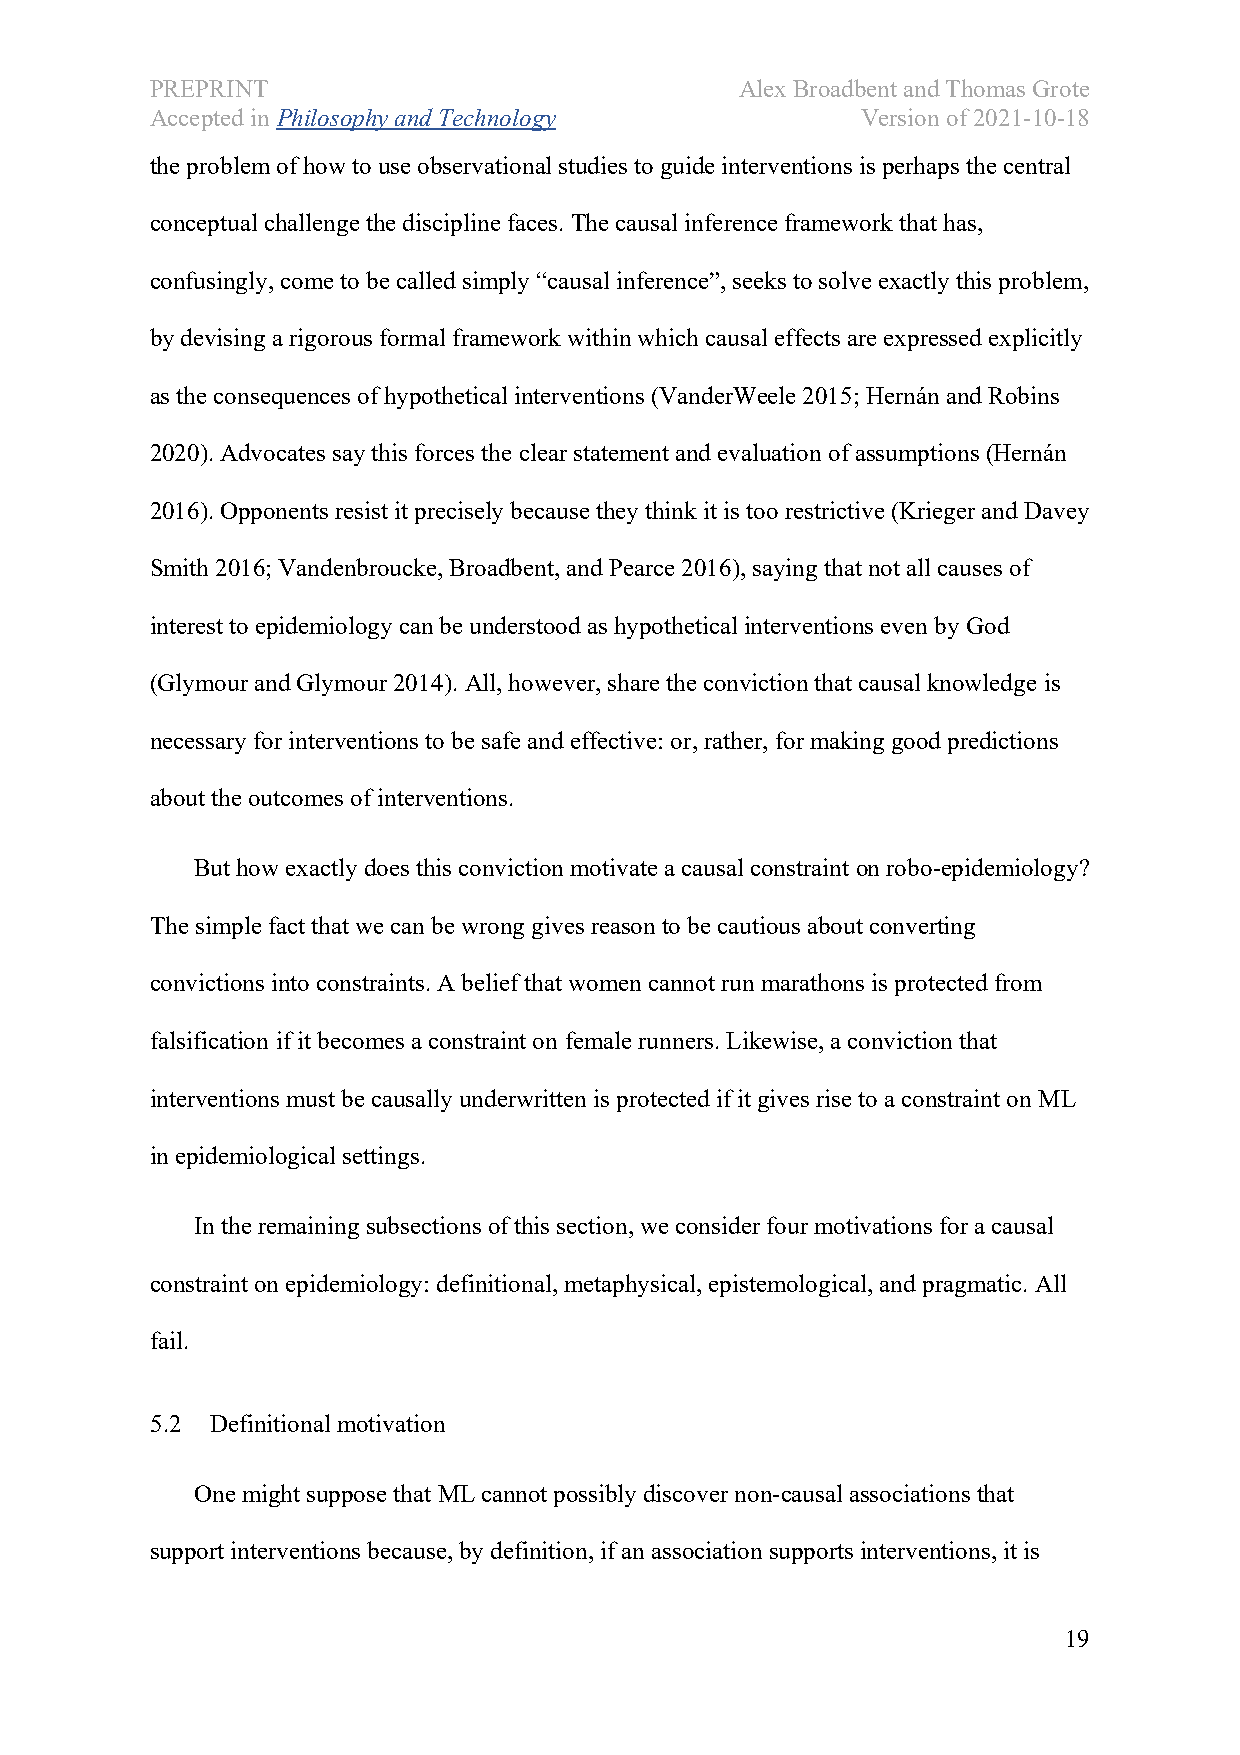
PREPRINT                               Alex Broadbent and Thomas Grote
 Accepted in Philosophy and Technology          Version of 2021-10-18
 the problem of how to use observational studies to guide interventions is perhaps the central
 conceptual challenge the discipline faces. The causal inference framework that has,
 confusingly, come to be called simply “causal inference”, seeks to solve exactly this problem,
 by devising a rigorous formal framework within which causal effects are expressed explicitly
 as the consequences of hypothetical interventions (VanderWeele 2015; Hernán and Robins
 2020). Advocates say this forces the clear statement and evaluation of assumptions (Hernán
 2016). Opponents resist it precisely because they think it is too restrictive (Krieger and Davey
 Smith 2016; Vandenbroucke, Broadbent, and Pearce 2016), saying that not all causes of
 interest to epidemiology can be understood as hypothetical interventions even by God
 (Glymour and Glymour 2014). All, however, share the conviction that causal knowledge is
 necessary for interventions to be safe and effective: or, rather, for making good predictions
 about the outcomes of interventions.
 But how exactly does this conviction motivate a causal constraint on robo-epidemiology?
 The simple fact that we can be wrong gives reason to be cautious about converting
 convictions into constraints. A belief that women cannot run marathons is protected from
 falsification if it becomes a constraint on female runners. Likewise, a conviction that
 interventions must be causally underwritten is protected if it gives rise to a constraint on ML
 in epidemiological settings.
 In the remaining subsections of this section, we consider four motivations for a causal
 constraint on epidemiology: definitional, metaphysical, epistemological, and pragmatic. All
 fail.
 5.2 Definitional motivation
 One might suppose that ML cannot possibly discover non-causal associations that
 support interventions because, by definition, if an association supports interventions, it is
 19